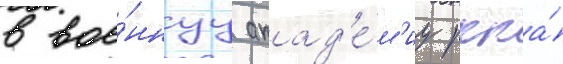
в вое́ннуу акад'е́м'иу ркка́